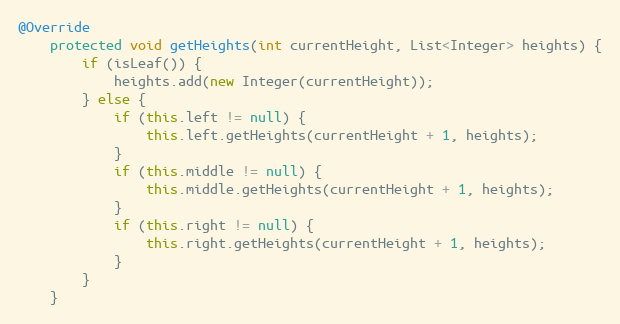
Language: Java
@Override
	protected void getHeights(int currentHeight, List<Integer> heights) {
		if (isLeaf()) {
			heights.add(new Integer(currentHeight));
		} else {
			if (this.left != null) {
				this.left.getHeights(currentHeight + 1, heights);
			}
			if (this.middle != null) {
				this.middle.getHeights(currentHeight + 1, heights);
			}
			if (this.right != null) {
				this.right.getHeights(currentHeight + 1, heights);
			}
		}
	}